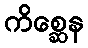
ကိစ္ဆေန